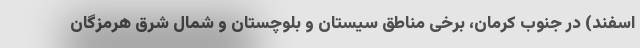
اسفند) در جنوب کرمان، برخی مناطق سیستان و بلوچستان و شمال شرق هرمزگان